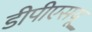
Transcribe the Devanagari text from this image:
डीपीएसयू